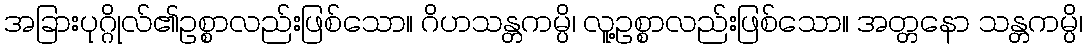
အခြားပုဂ္ဂိုလ်၏ဥစ္စာလည်းဖြစ်သော။ ဂိဟသန္တကမ္ပိ၊ လူ့ဥစ္စာလည်းဖြစ်သော။ အတ္တနော သန္တကမ္ပိ၊